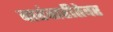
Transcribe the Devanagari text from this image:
वारंवारीतेवर